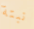
نبتة